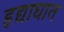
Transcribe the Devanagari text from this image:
हृद्याघात